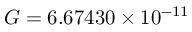
G = 6 . 6 7 4 3 0 \times 1 0 ^ { - 1 1 }